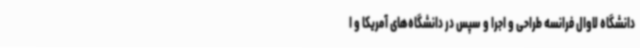
دانشگاه لاوال فرانسه طراحی و اجرا و سپس در دانشگاه‌های آمریکا و ا